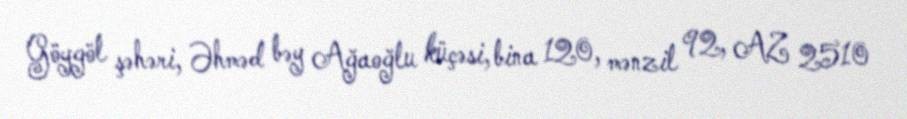
Göygöl şəhəri, Əhməd bəy Ağaoğlu küçəsi, bina 120, mənzil 92, AZ 2510